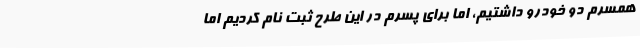
همسرم دو خودرو داشتیم، اما برای پسرم در این طرح ثبت نام کردیم اما